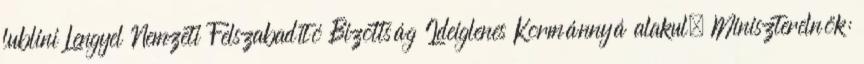
lublini Lengyel Nemzeti Felszabadító Bizottság Ideiglenes Kormánnyá alakul. Miniszterelnök: